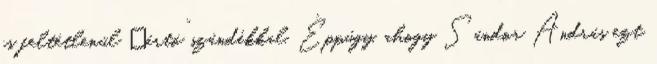
is feltétlenül „ártó” szán­dék­kal. Éppúgy, ahogy Sándor András ezt